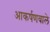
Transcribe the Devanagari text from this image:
आकर्षणवाले